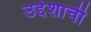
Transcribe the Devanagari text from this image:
उद्देशाची